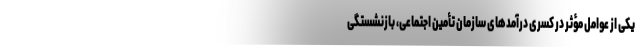
یکی از عوامل مؤثر در کسری درآمدهای سازمان تأمین اجتماعی، بازنشستگی